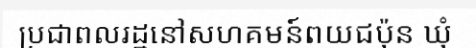
ប្រជាពលរដ្ឋនៅសហគមន៍ពយជប៉ុន ឃុំ